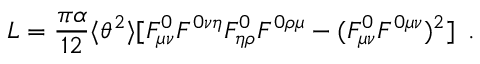
{ \cal L } = \frac { \pi \alpha } { 1 2 } \langle \theta ^ { 2 } \rangle [ F _ { \mu \nu } ^ { 0 } F ^ { 0 \nu \eta } F _ { \eta \rho } ^ { 0 } F ^ { 0 \rho \mu } - ( F _ { \mu \nu } ^ { 0 } F ^ { 0 \mu \nu } ) ^ { 2 } ] \, \, \, .